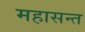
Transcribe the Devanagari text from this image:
महासन्त